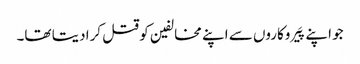
جو اپنے پَیروکاروں سے اپنے مخالفین کو قتل کرا دیتا تھا۔